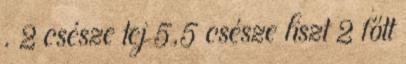
. 2 csésze tej 5,5 csésze liszt 2 főtt